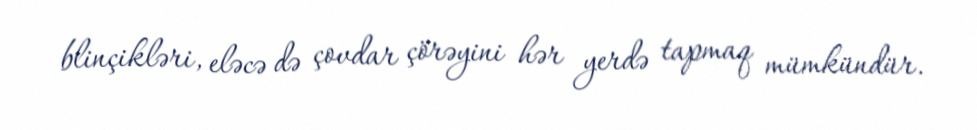
blinçikləri, eləcə də çovdar çörəyini hər yerdə tapmaq mümkündür.